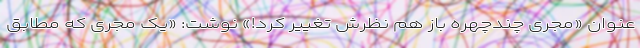
عنوان «مجری چندچهره باز هم نظرش تغییر کرد!» نوشت: «یک مجری که مطابق